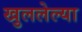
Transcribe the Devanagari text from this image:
खुललेल्या